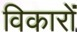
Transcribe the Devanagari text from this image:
विकारों